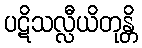
ပဋိသလ္လီယိတုန္တိ